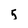
Character: 5